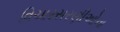
વિચારસરણીઓના